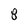
Character: 8